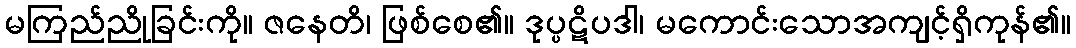
မကြည်ညိုခြင်းကို။ ဇနေတိ၊ ဖြစ်စေ၏။ ဒုပ္ပဋိပဒါ၊ မကောင်းသောအကျင့်ရှိကုန်၏။